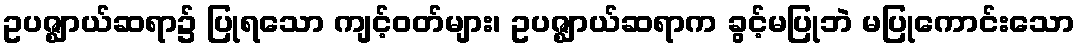
ဥပဇ္ဈာယ်ဆရာ၌ ပြုရသော ကျင့်ဝတ်များ၊ ဥပဇ္ဈာယ်ဆရာက ခွင့်မပြုဘဲ မပြုကောင်းသော